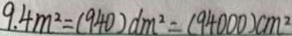
9 . 4 m ^ { 2 } = ( 9 4 0 ) d m ^ { 2 } = ( 9 4 0 0 0 ) c m ^ { 2 }